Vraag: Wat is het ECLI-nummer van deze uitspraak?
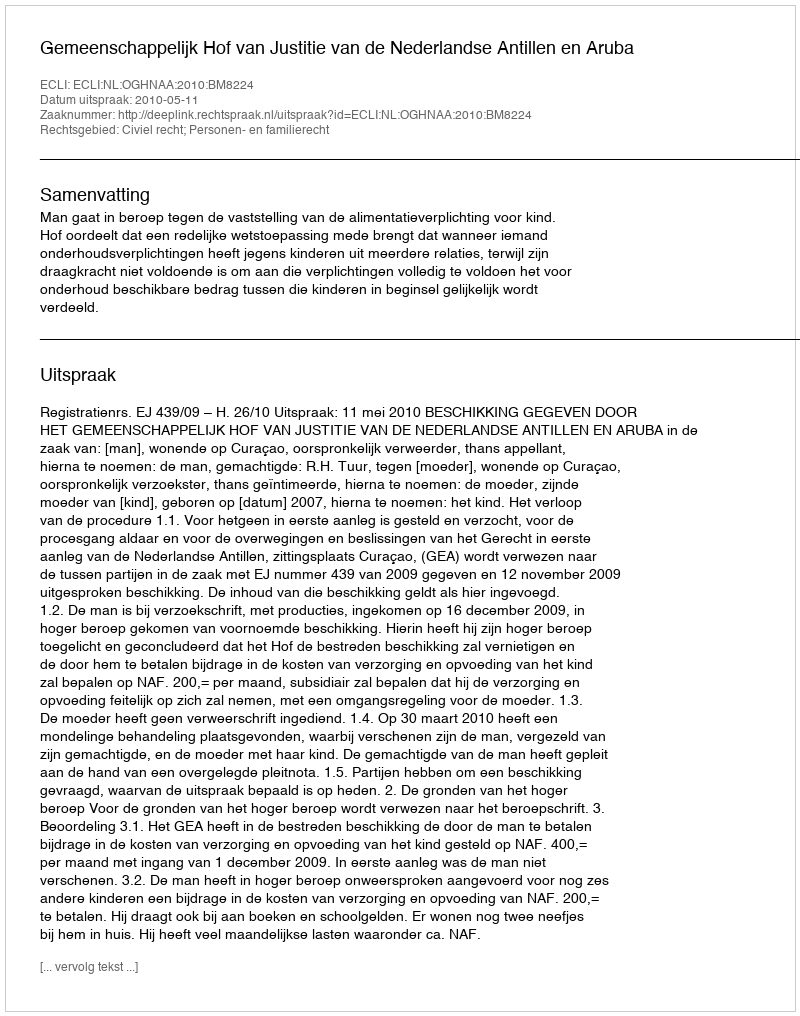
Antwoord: ECLI:NL:OGHNAA:2010:BM8224